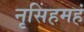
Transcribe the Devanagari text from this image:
नृसिंहमहं